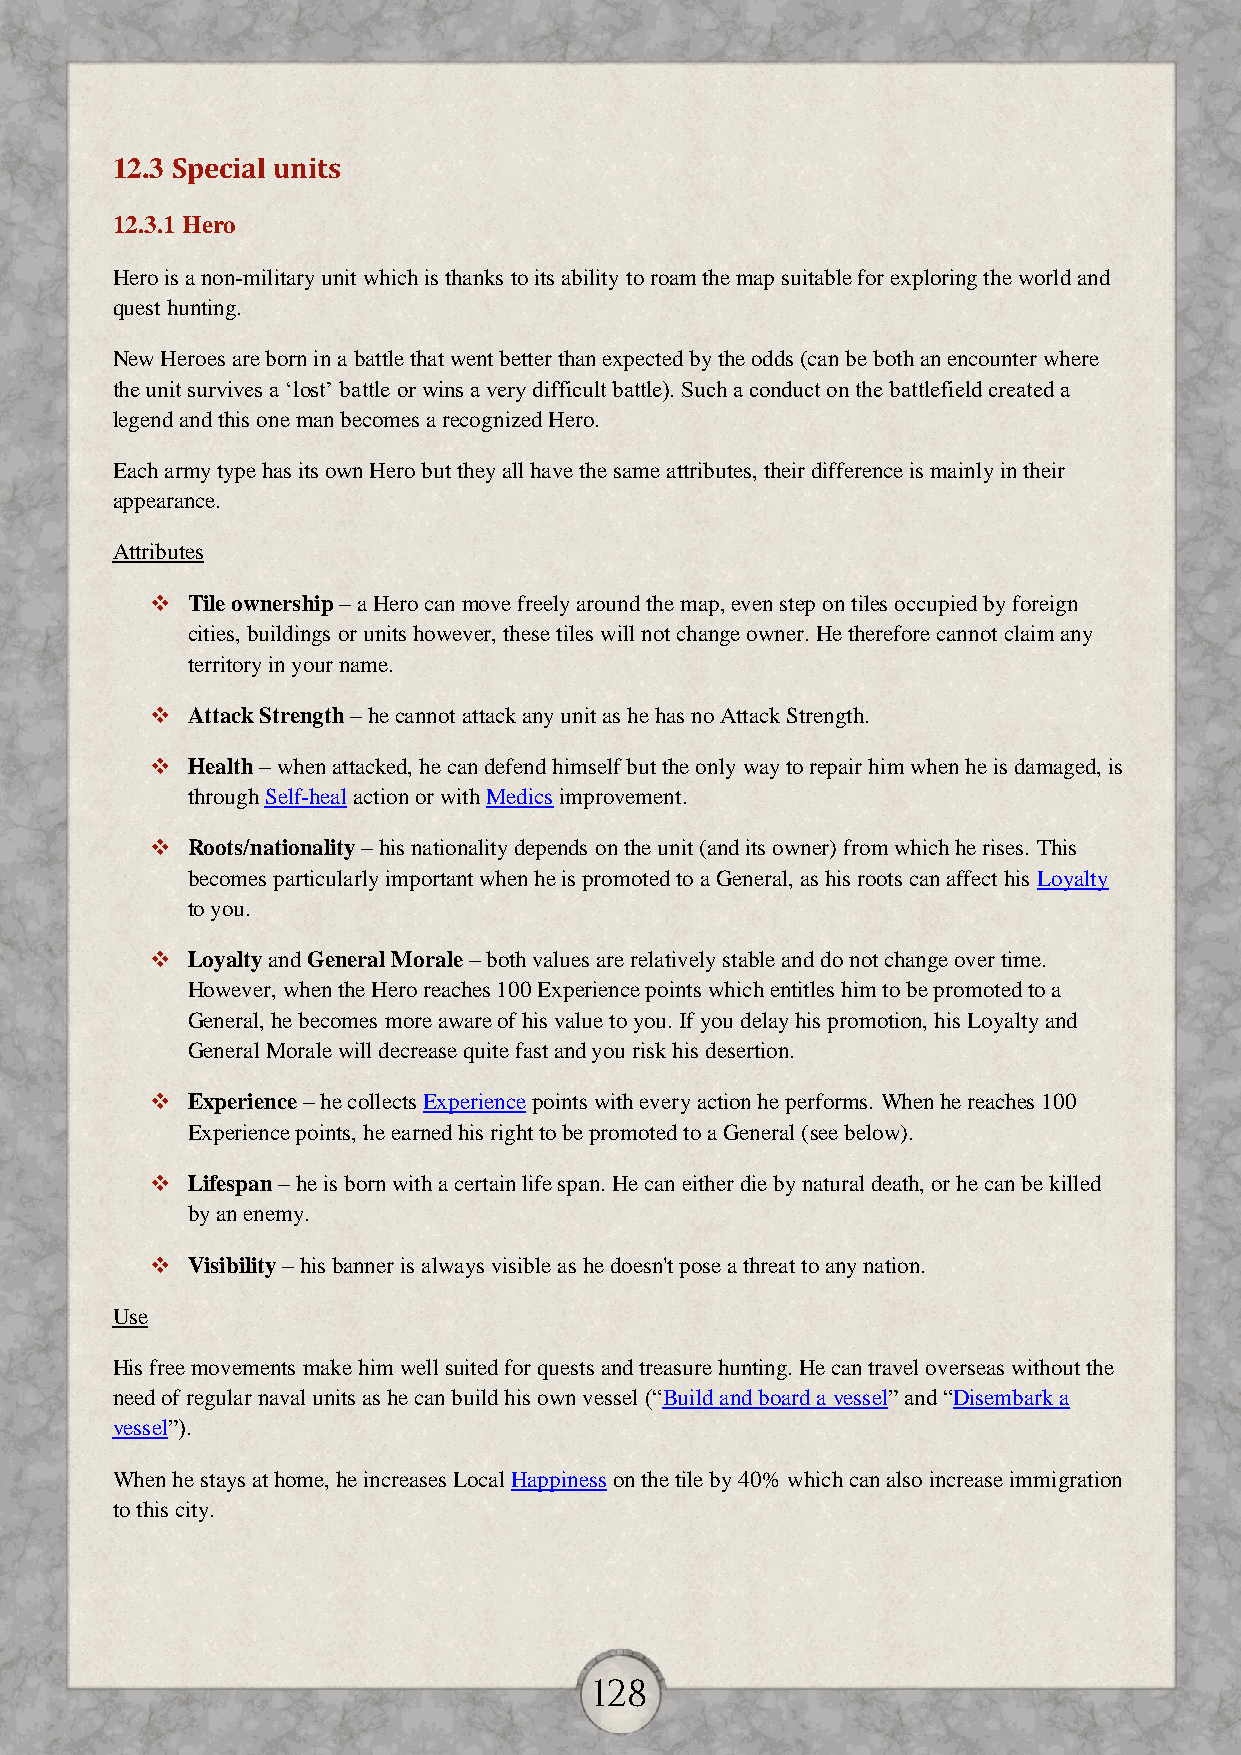
12.3 Special units
 12.3.1 Hero
 Hero is a non-military unit which is thanks to its ability to roam the map suitable for exploring the world and
 quest hunting.
 New Heroes are born in a battle that went better than expected by the odds (can be both an encounter where
 the unit survives a ‘lost’ battle or wins a very difficult battle). Such a conduct on the battlefield created a
 legend and this one man becomes a recognized Hero.
 Each army type has its own Hero but they all have the same attributes, their difference is mainly in their
 appearance.
 Attributes
  Tile ownership – a Hero can move freely around the map, even step on tiles occupied by foreign
 cities, buildings or units however, these tiles will not change owner. He therefore cannot claim any
 territory in your name.
  Attack Strength – he cannot attack any unit as he has no Attack Strength.
  Health – when attacked, he can defend himself but the only way to repair him when he is damaged, is
 through Self-heal action or with Medics improvement.
  Roots/nationality – his nationality depends on the unit (and its owner) from which he rises. This
 becomes particularly important when he is promoted to a General, as his roots can affect his Loyalty
 to you.
  Loyalty and General Morale – both values are relatively stable and do not change over time.
 However, when the Hero reaches 100 Experience points which entitles him to be promoted to a
 General, he becomes more aware of his value to you. If you delay his promotion, his Loyalty and
 General Morale will decrease quite fast and you risk his desertion.
  Experience – he collects Experience points with every action he performs. When he reaches 100
 Experience points, he earned his right to be promoted to a General (see below).
  Lifespan – he is born with a certain life span. He can either die by natural death, or he can be killed
 by an enemy.
  Visibility – his banner is always visible as he doesn't pose a threat to any nation.
 Use
 His free movements make him well suited for quests and treasure hunting. He can travel overseas without the
 need of regular naval units as he can build his own vessel (“Build and board a vessel” and “Disembark a
 vessel”).
 When he stays at home, he increases Local Happiness on the tile by 40% which can also increase immigration
 to this city.
 128